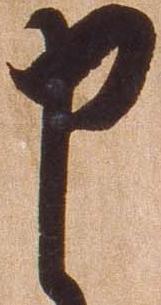
申